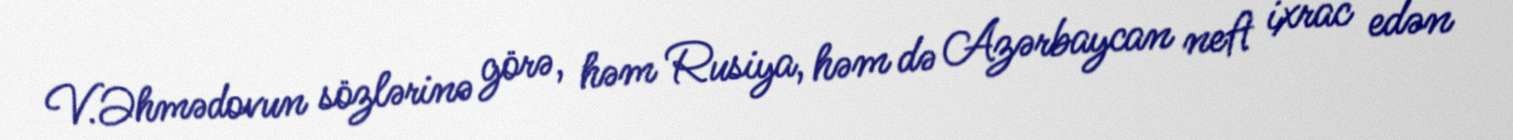
V.Əhmədovun sözlərinə görə, həm Rusiya, həm də Azərbaycan neft ixrac edən